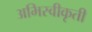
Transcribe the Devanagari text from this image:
अभिस्वीकृती